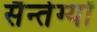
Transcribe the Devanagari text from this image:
सैन्तेग्यों